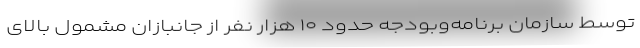
توسط سازمان برنامه‌وبودجه حدود ۱۰ هزار نفر از جانبازان مشمول بالای